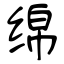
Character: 绵